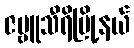
ဇဗ္ဗူသီရိမြို့နယ်